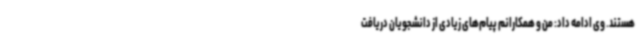
هستند. وی ادامه داد: من و همکارانم پیام‌های زیادی از دانشجویان دریافت